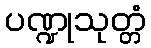
ပဏ္ဍုသုတ္တံ